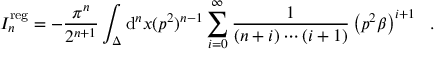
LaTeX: { \cal I } _ { n } ^ { \mathrm { r e g } } = - { \frac { \pi ^ { n } } { 2 ^ { n + 1 } } } \int _ { \Delta } \mathrm { d } ^ { n } x ( p ^ { 2 } ) ^ { n - 1 } \sum _ { i = 0 } ^ { \infty } { \frac { 1 } { ( n + i ) \cdots ( i + 1 ) } } \left( { p ^ { 2 } \beta } \right) ^ { i + 1 } \ \ .